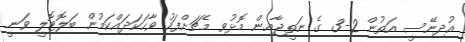
އުދިނޭސީ އަތުން 2-3 ގެ ނަތީޖާއިން މޮޅުވި މެޗަށްފަހު ވާހަކަދައްކަމުން ބަލޮޓޮލީ ވަނީ